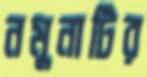
নমুনাটির